Leaving Certificate Examination, 1902
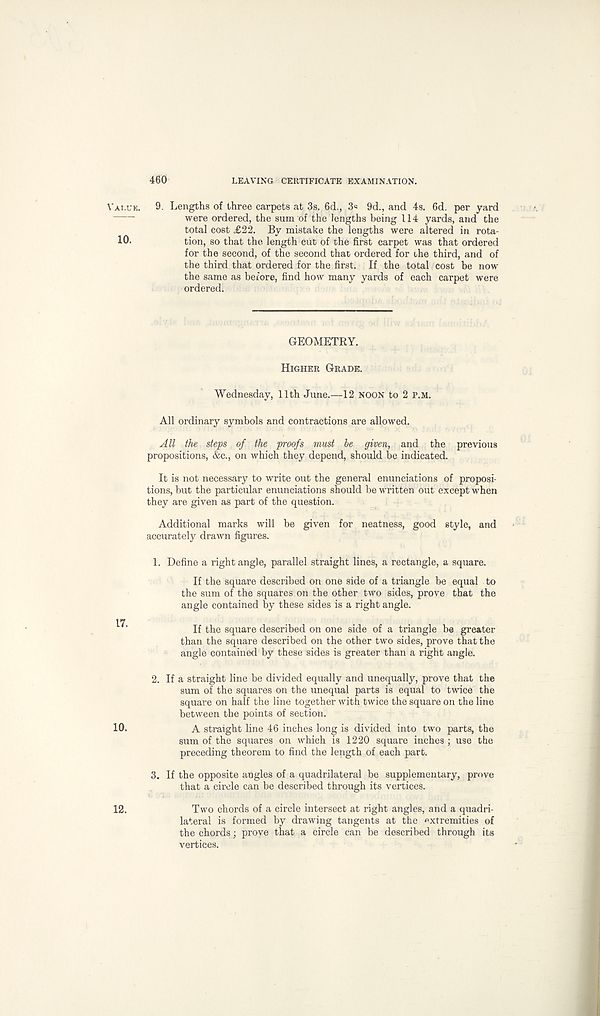
Vat.uk,
10.
17.
10.
12.
460
LEAVING CERTIFICATE EXAMINATION.
9. Lengths of three carpets at 3s. 6d., 3« 9d., and 4s. 6d. per yard
were ordered, the sum of the lengths being 114 yards, and the
total cost £22. By mistake the lengths were altered in rota-
tion, so that the length cut of the first carpet was that ordered
for the second, of the second that ordered for the third, and of
the third that ordered for the first. If the total cost be now
the same as before, find how many yards of each carpet were
ordered.
GEOMETRY.
Higher Grade.
Wednesday, 11th June.—12 noon to 2 p.m.
All ordinary symbols and contractions are allowed.
j4U the steps of the proofs must he given, and the previous
propositions, &c., on which they depend, should be indicated.
It is not necessary to write out the general enunciations of proposi-
tions, but the particular enunciations should be written out except when
they are given as part of the question.
Additional marks will be given for neatness, good style, and
accurately drawn figures.
1. Define a right angle, parallel straight lines, a rectangle, a square.
If the square described on one side of a triangle be equal to
the sum of the squares on the other two sides, prove that the
angle contained by these sides is a right angle.
If the square described on one side of a triangle be greater
than the square described on the other two sides, prove that the
angle contained by these sides is greater than a right angle.
2. If a straight line be divided equally and unequally, prove that the
sum of the squares on the unequal parts is equal to twice the
square on half the line together with twice the square on the line
between the points of section.
A straight line 46 inches long is divided into two parts, the
sum of the squares on which is 1220 square inches; use the
preceding theorem to find the length of each part.
3. If the opposite angles of a quadrilateral be supplementary, prove
that a circle can be described through its vertices.
Two chords of a circle intersect at right angles, and a quadri-
lateral is formed by drawing tangents at the extremities of
the chords; prove that a circle can be described through its
vertices.